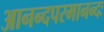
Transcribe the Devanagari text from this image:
आनन्दपरमानन्दः